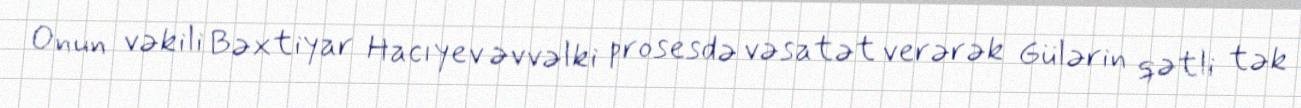
Onun vəkili Bəxtiyar Hacıyev əvvəlki prosesdə vəsatət verərək Gülərin qətli tək